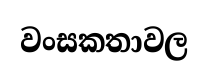
වංසකතාවල